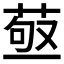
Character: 𦱩